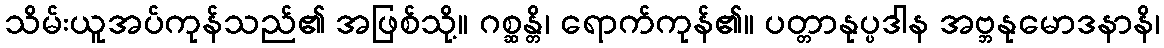
သိမ်းယူအပ်ကုန်သည်၏ အဖြစ်သို့။ ဂစ္ဆန္တိ၊ ရောက်ကုန်၏။ ပတ္တာနုပ္ပဒါန အဗ္ဘနုမောဒနာနိ၊